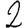
Digit: 2